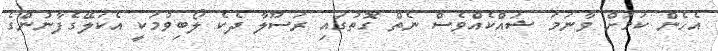
އެހެން ކަމަށް ވާނަމަ ޝައްކެއްވެސް ނެތް ގޮތުގައި ރަސޫލާ ދެކެ ލޯބިވުމަކީ އެކަލޭގެފާނުންގެ